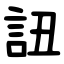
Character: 䚼